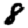
Digit: 8